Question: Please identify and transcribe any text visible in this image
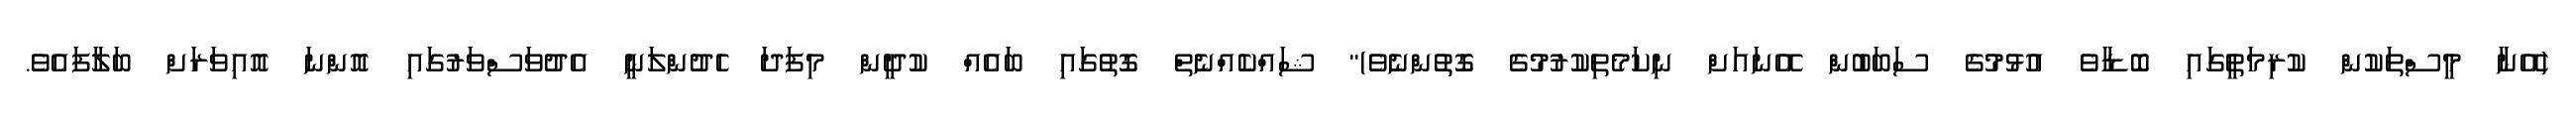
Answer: (އޭނާ މީސްތަކުން ކުރިމަތީގައި ބޮޑާވެ އުޅުމުގެ ސަބަބުން އޭނައަށް ނިކަމެތިކުރުމުގެ ގޮތުންނެވެ)" ޝައްކެއްނެތް ގޮތުގައި ބައެއް ކުދީން މިފަދަ ހެދުންލަނީ އެދުވަސްވަރުގައި އޮންނަ އޮއިވަރަށް ބަލާފައެވެ.